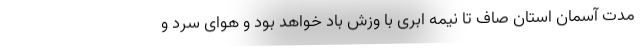
مدت آسمان استان صاف تا نیمه ابری با وزش باد خواهد بود و هوای سرد و